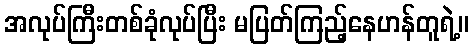
အလုပ်ကြီးတစ်ခုံလုပ်ပြီး မပြတ်ကြည့်နေဟန်တူရဲ့။